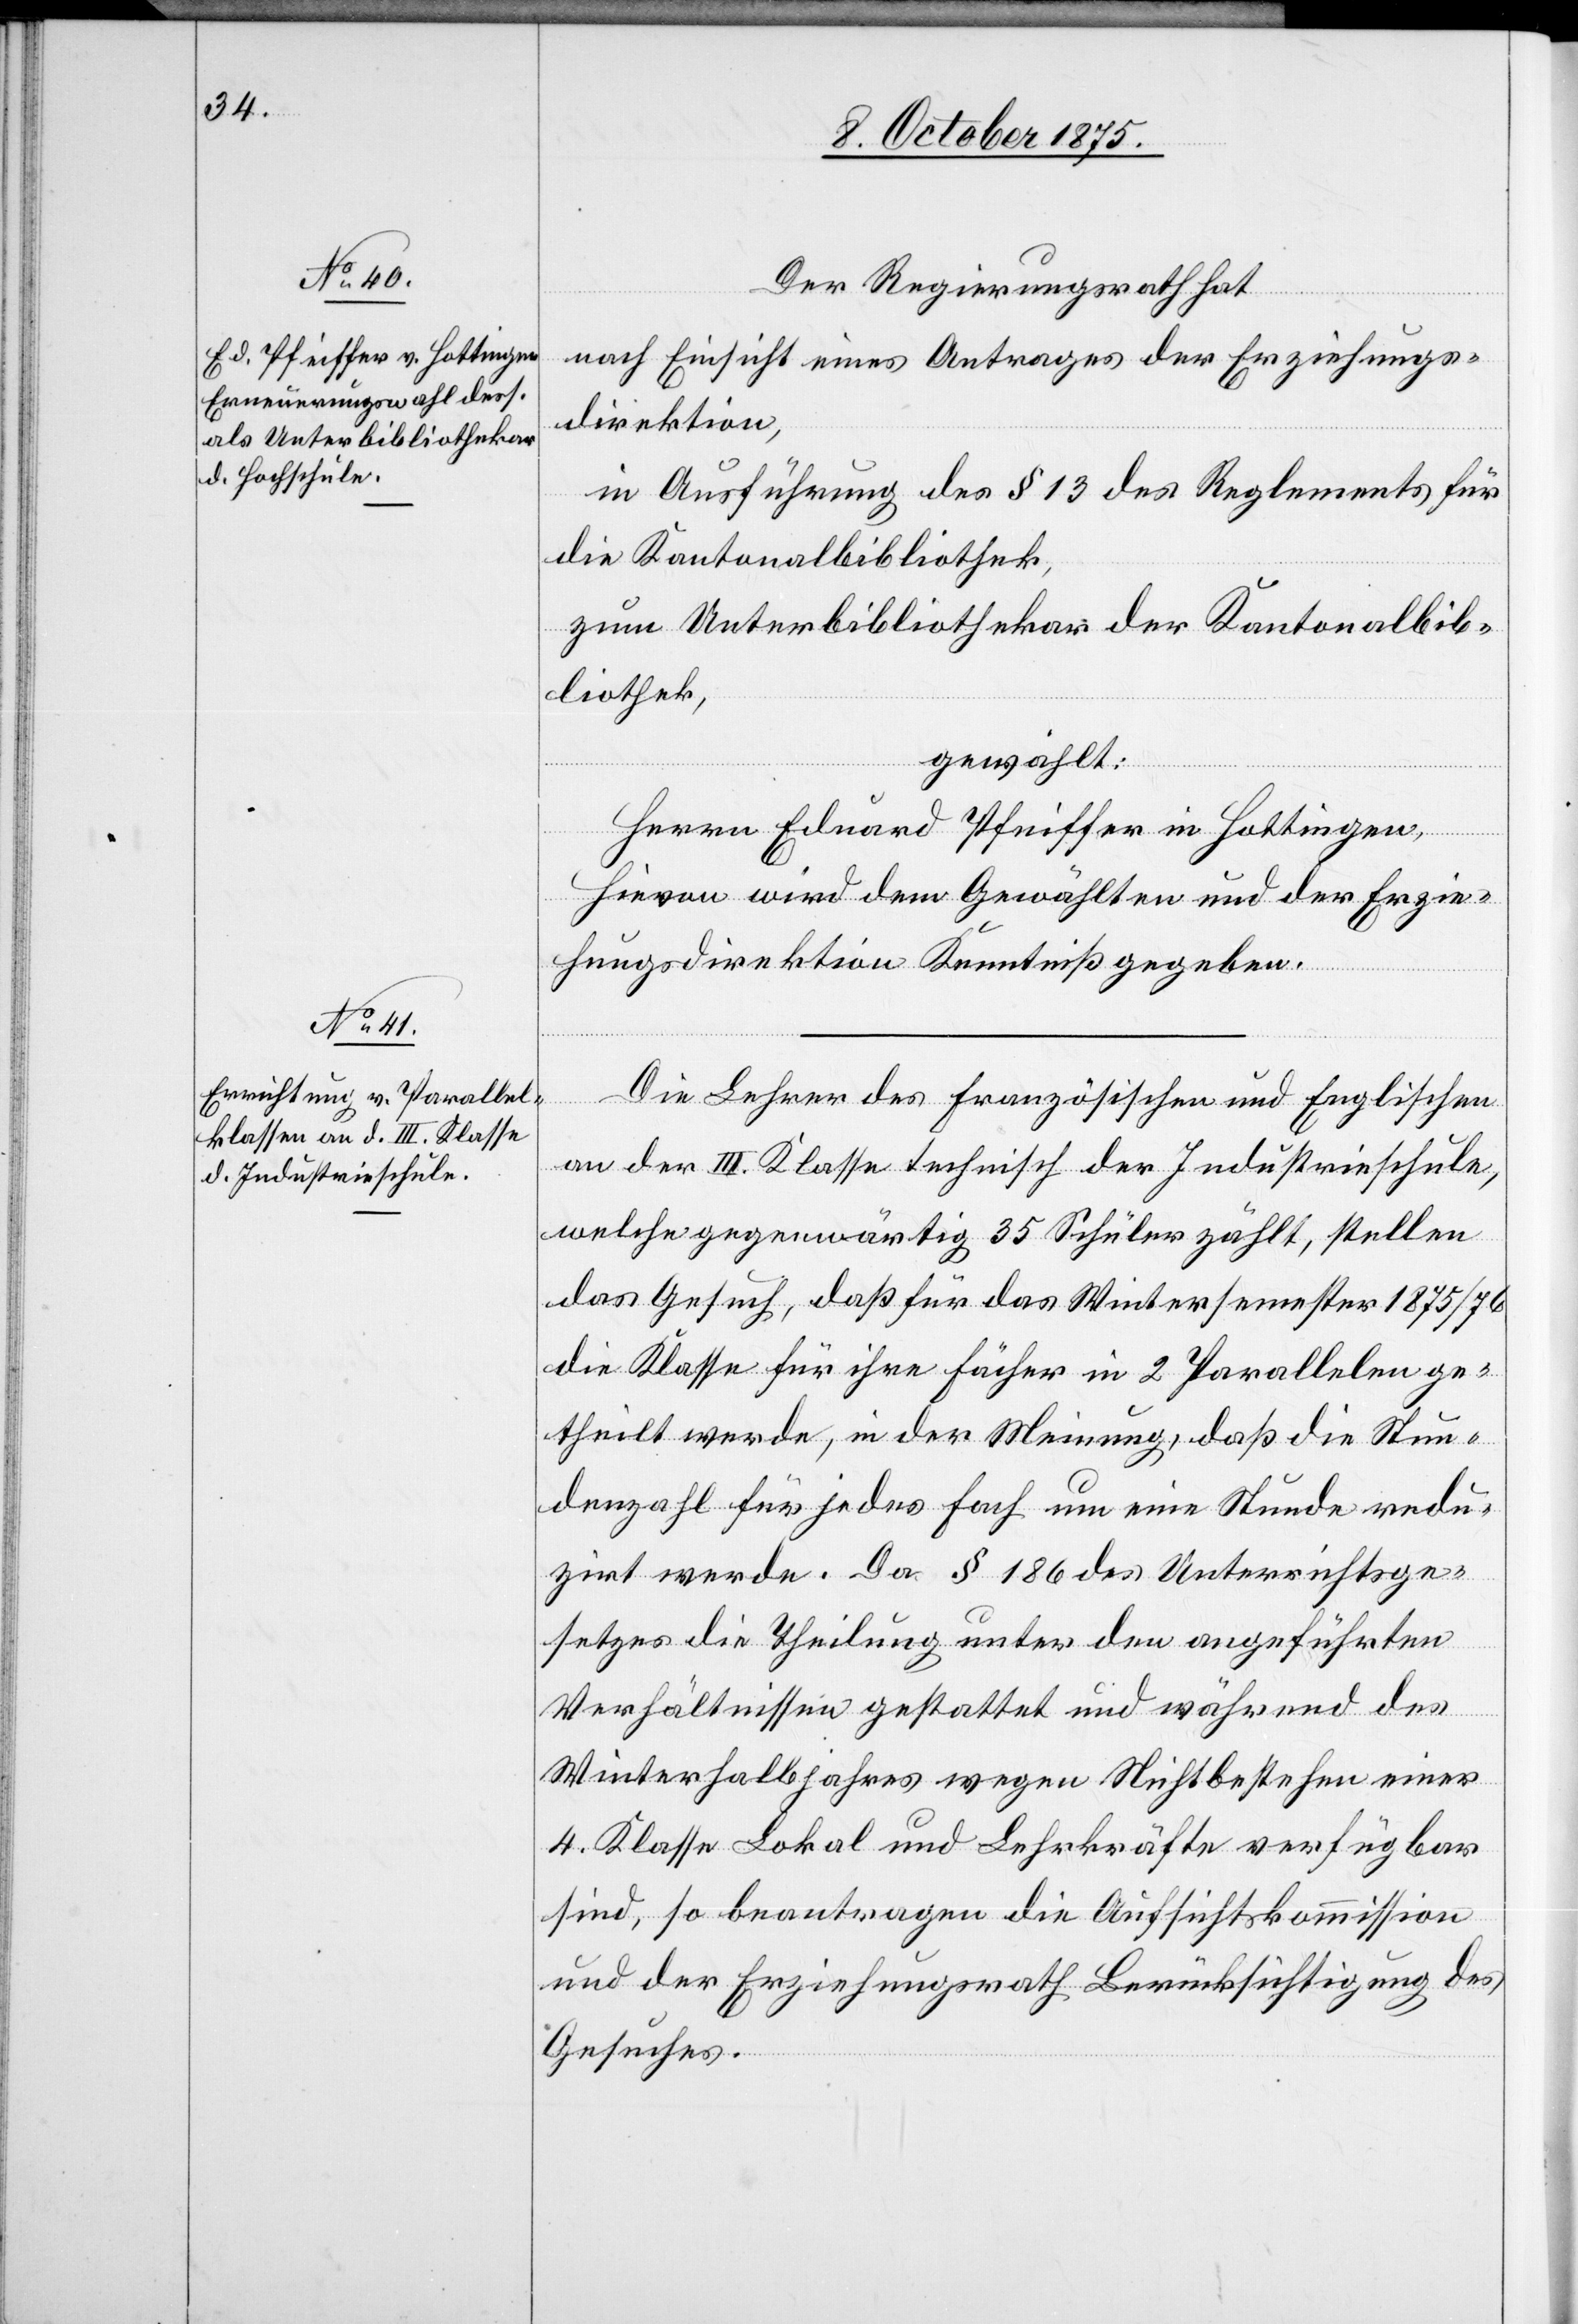
Der Regierungsrath hat
nach Einsicht eines Antrages der Erziehungs¬
direktion,
in Ausführung des § 13 des Reglements für
die Kantonalbibliothek,
zum Unterbibliothekar der Kantonalbib¬
liothek,
gewählt:
Herrn Eduard Pfeiffer in Hottingen,
hievon wird dem Gewählten und der Erzie¬
hungsdirektion Kenntniß gegeben.
Die Lehrer des Französischen und Englischen
an der III. Klasse technisch der Industrieschule,
welche gegenwärtig 35 Schüler zählt, stellen
das Gesuch, daß für das Wintersemester 1875/76
die Klasse für ihre Fächer in 2 Parallelen ge¬
theilt werde, in der Meinung, daß die Stun¬
denzahl für jedes Fach um eine Stunde redu¬
zirt werde. Da § 186 des Unterrichtsge¬
setzes die Theilung unter den angeführten
Verhältnissen gestattet und während des
Winterhalbjahres wegen Nichtbestehen einer
4. Klasse Lokal und Lehrkräfte verfügbar
sind, so beantragen die Aufsichtskommission
und der Erziehungsrath Berücksichtigung des
Gesuches.